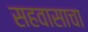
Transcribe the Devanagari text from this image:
सहवासाचा